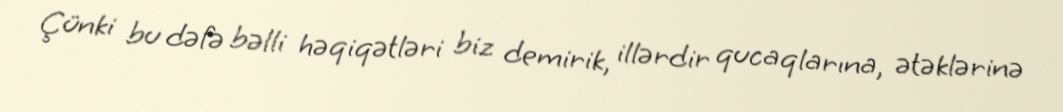
Çünki bu dəfə bəlli həqiqətləri biz demirik, illərdir qucaqlarına, ətəklərinə